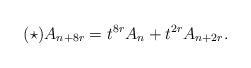
LaTeX: \begin{align*}(\star)A_{n+8r} = t^{8r}A_{n}+t^{2r}A_{n+2r}.\end{align*}